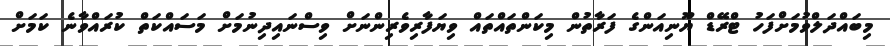
މިބައްދަލްވުމަށްފަހު ޓްރޭޑް ޔޫނިއަންގެ ފަރާތުން މިކަންތައްތައް ވިޔަފާރިވެރިންނަށް ވިސްނައިދިނުމަށް މަސައްކަތް ކުރައްވާނެ ކަމަށް